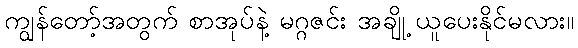
ကျွန်တော့်အတွက် စာအုပ်နဲ့ မဂ္ဂဇင်း အချို့ ယူပေးနိုင်မလား။